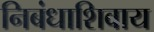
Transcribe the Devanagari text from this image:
निबंधाशिवाय